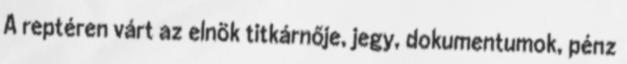
A reptéren várt az elnök titkárnője, jegy, dokumentumok, pénz